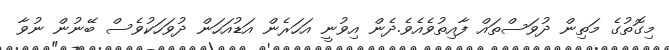
މިގޮތުގެ މަތިން ދުވަސްތައް ފާއިތުވެއެވެ.ދެން އިވުނީ އަހަރެން އަޑުއަހަން ދުވަހަކުވެސް ބޭނުން ނުވާ